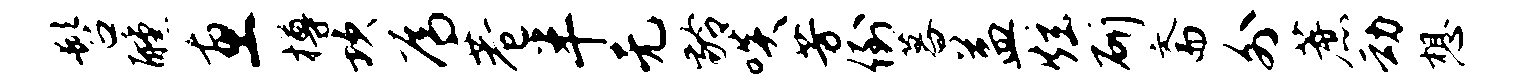
髫醺惠樽坎焉巷半无龄啖芳倒暮益炫斫斋外蔗动想